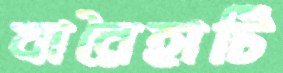
বারৈহাটি